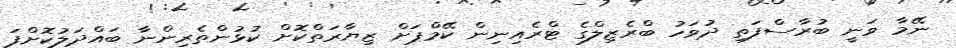
ނޭމާ ވަނީ ބުރާސްފަތި ދުވަހު ބްރެޒިލްގެ ޓްރެއިނިން ކޭމްޕަށް ޒިޔާރަތްކޮށް ކުޅުންތެރިންނާ ބައްދަލުކޮށްފަ